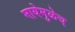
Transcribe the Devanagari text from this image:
मायेमुळेच